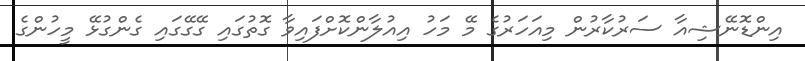
އިންޑޮނޭޝިއާ ސަރުކާރުން މިއަހަރުގެ މޭ މަހު އިއުލާންކޮށްފައިވާ ގޮތުގައި ގޭގޭގައި ގެންގުޅޭ މީހުންގެ